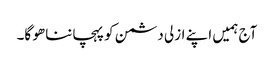
آج ہمیں اپنے ازلی دشمن کو پہچاننا ھو گا۔